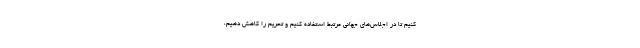
کنیم تا در اجلاس‌های جهانی مرتبط استفاده کنیم و تحریم را کاهش دهیم،